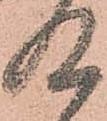
及